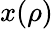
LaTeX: x(\rho)